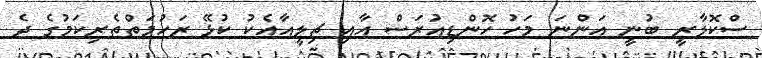
ސްކޮލާރީ ބުނީ އަންނަ މަހު ހޮންޑިއުރަސް އާއި ޗިލީއާއެކު ކުޅޭ ރަހުމަތްތެރިކަމުގެ ދެ